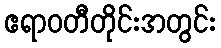
ဧရာဝတီတိုင်းအတွင်း